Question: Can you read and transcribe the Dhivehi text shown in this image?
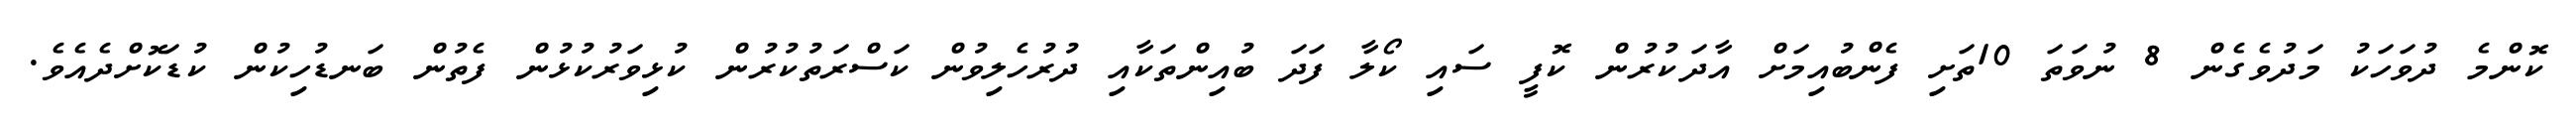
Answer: ކޮންމެ ދުވަހަކު މަދުވެގެން 8 ނުވަތަ 10ތަށި ފެންބުއިމަށް އާދަކުރުން ކޮފީ ސައި ކޯލާ ފަދަ ބުއިންތަކާއި ދުރުހެލިވުން ކަސްރަތުކުރުން ކުޅިވަރުކުޅުން ފެތުން ބަނޑުހިކުން ކުޑަކޮށްދެއެވެ.